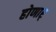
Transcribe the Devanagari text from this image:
होणार्